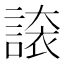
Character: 𧪉